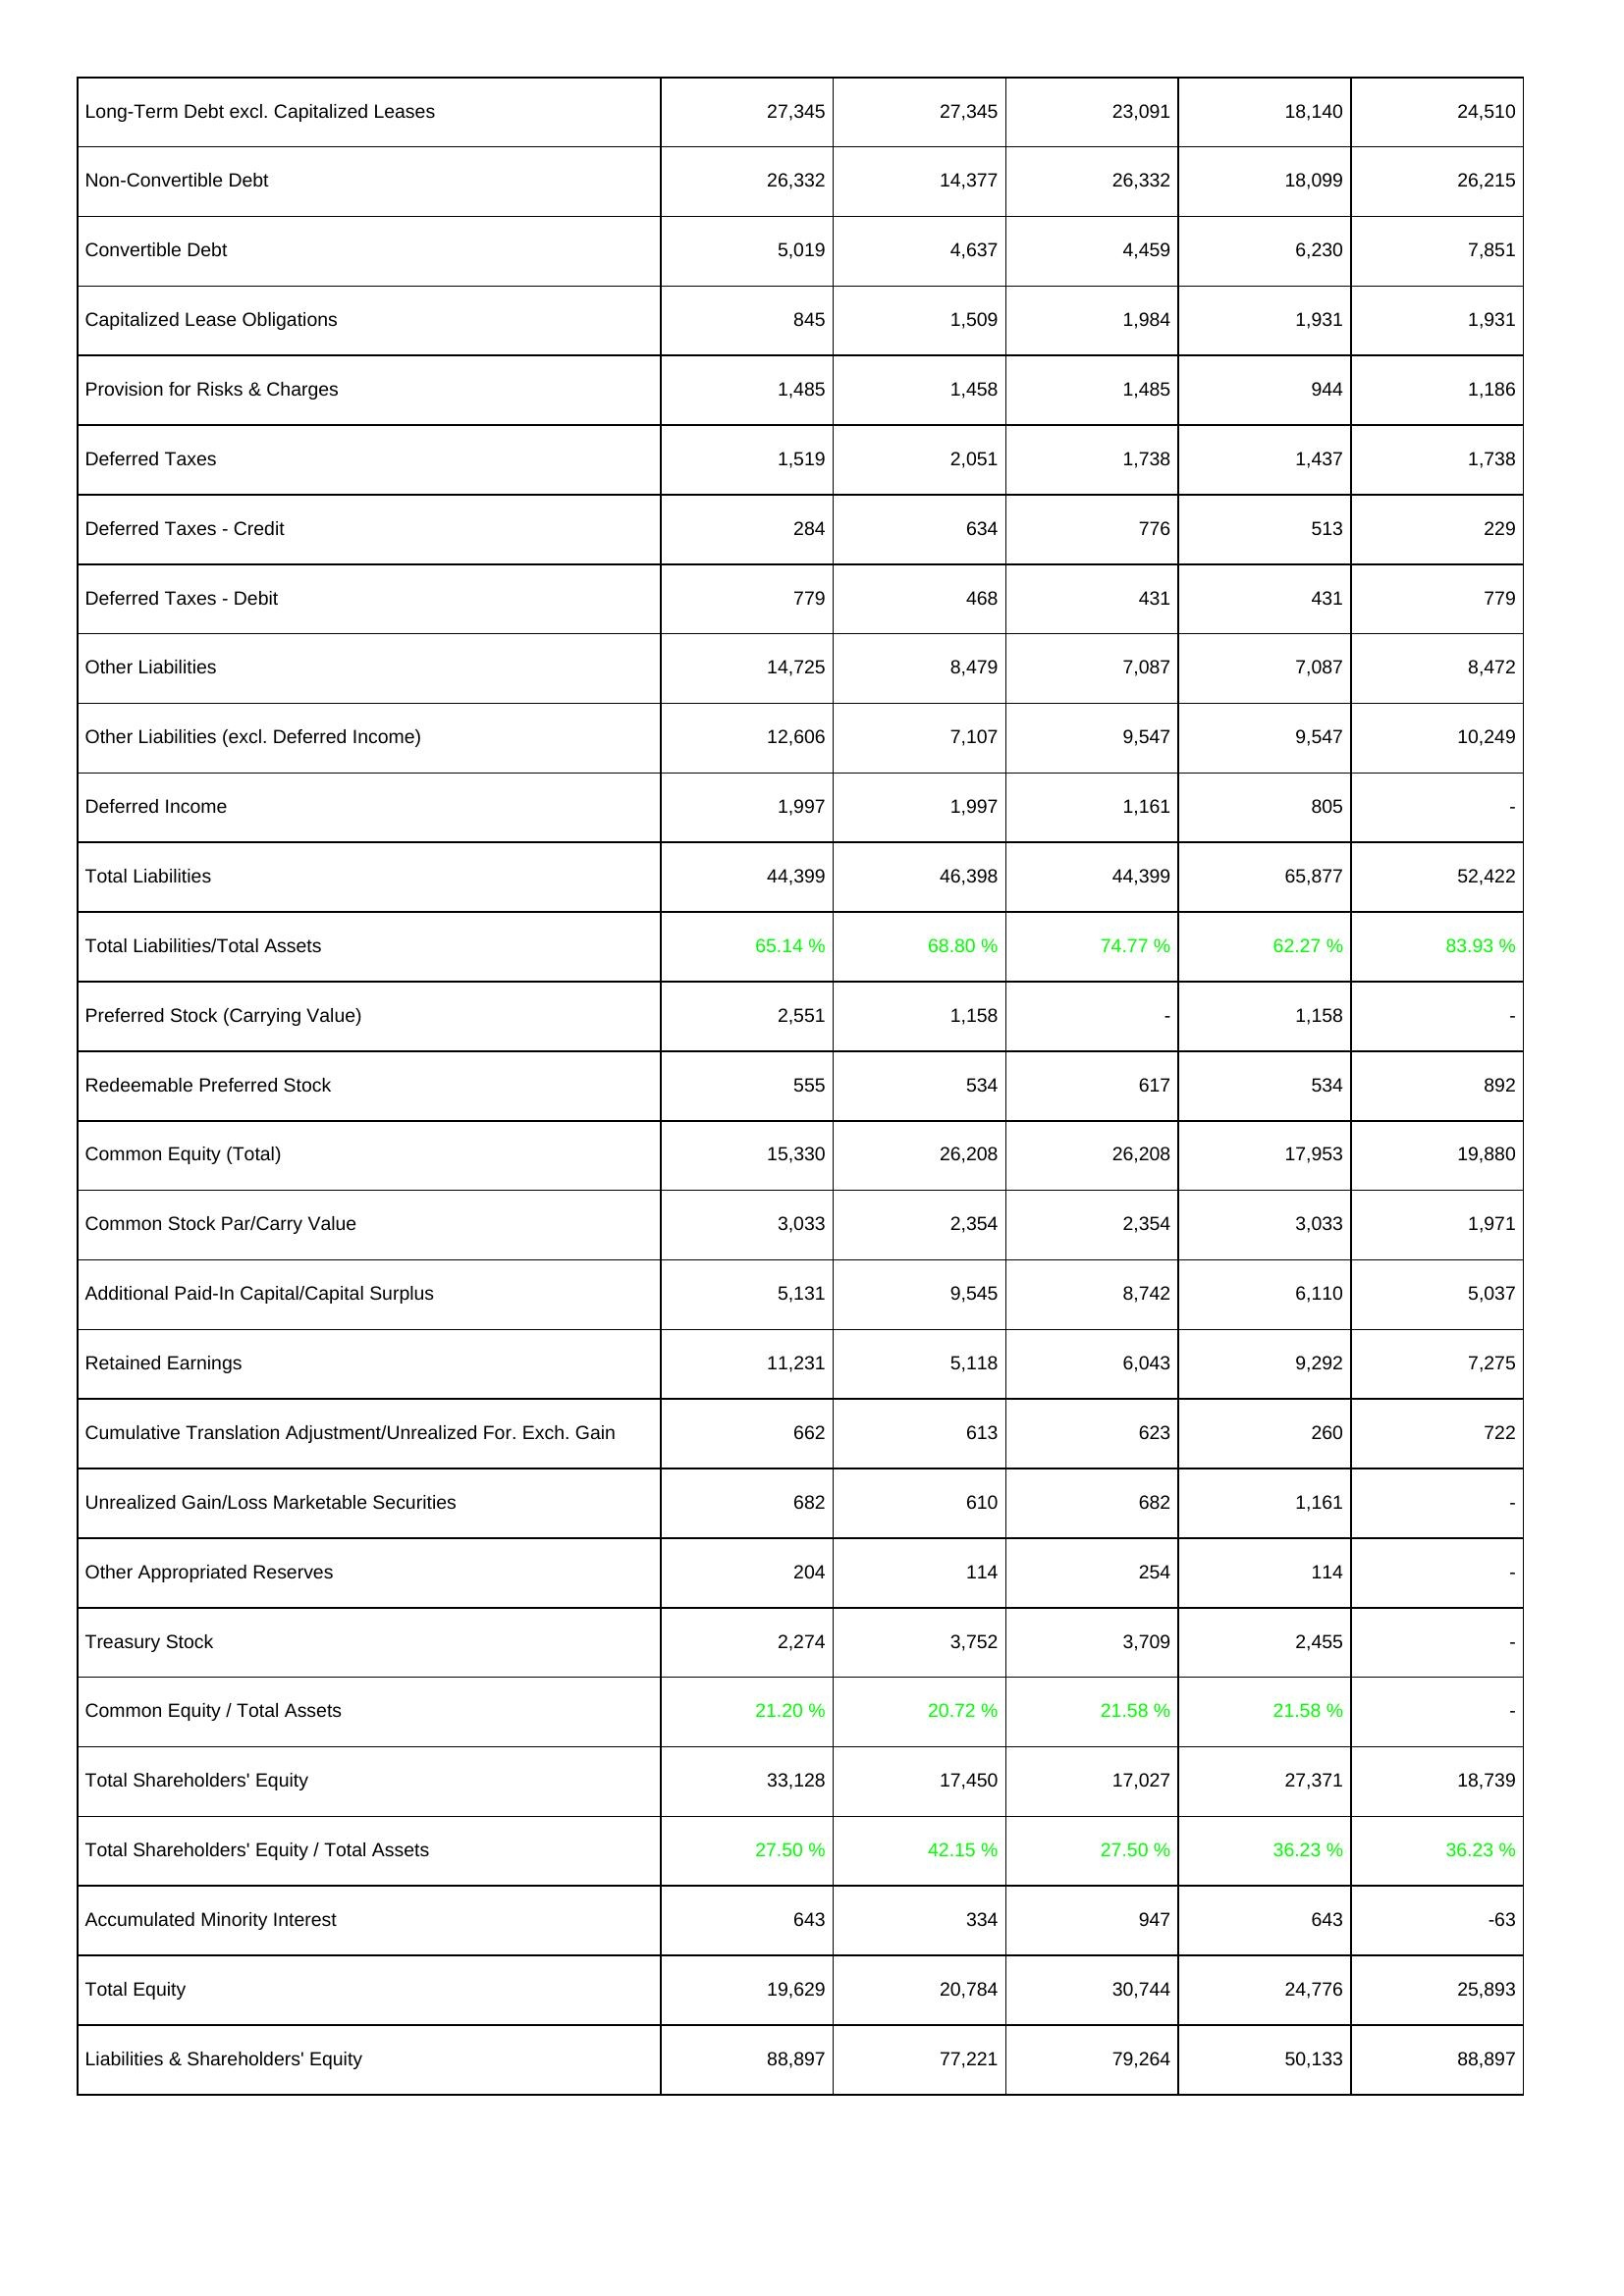
2018: Liabilities & Shareholders' Equity: Long-Term Debt excl. Capitalized Leases: 27,345
Non-Convertible Debt: 26,332
Convertible Debt: 5,019
Capitalized Lease Obligations: 845
Provision for Risks & Charges: 1,485
Deferred Taxes: 1,519
Deferred Taxes - Credit: 284
Deferred Taxes - Debit: 779
Other Liabilities: 14,725
Other Liabilities (excl. Deferred Income): 12,606
Deferred Income: 1,997
Total Liabilities: 44,399
Total Liabilities/Total Assets: 65.14 %
Preferred Stock (Carrying Value): 2,551
Redeemable Preferred Stock: 555
Common Equity (Total): 15,330
Common Stock Par/Carry Value: 3,033
Additional Paid-In Capital/Capital Surplus: 5,131
Retained Earnings: 11,231
Cumulative Translation Adjustment/Unrealized For. Exch. Gain: 662
Unrealized Gain/Loss Marketable Securities: 682
Other Appropriated Reserves: 204
Treasury Stock: 2,274
Common Equity / Total Assets: 21.20 %
Total Shareholders' Equity: 33,128
Total Shareholders' Equity / Total Assets: 27.50 %
Accumulated Minority Interest: 643
Total Equity: 19,629
Liabilities & Shareholders' Equity: 88,897
2017: Liabilities & Shareholders' Equity: Long-Term Debt excl. Capitalized Leases: 27,345
Non-Convertible Debt: 14,377
Convertible Debt: 4,637
Capitalized Lease Obligations: 1,509
Provision for Risks & Charges: 1,458
Deferred Taxes: 2,051
Deferred Taxes - Credit: 634
Deferred Taxes - Debit: 468
Other Liabilities: 8,479
Other Liabilities (excl. Deferred Income): 7,107
Deferred Income: 1,997
Total Liabilities: 46,398
Total Liabilities/Total Assets: 68.80 %
Preferred Stock (Carrying Value): 1,158
Redeemable Preferred Stock: 534
Common Equity (Total): 26,208
Common Stock Par/Carry Value: 2,354
Additional Paid-In Capital/Capital Surplus: 9,545
Retained Earnings: 5,118
Cumulative Translation Adjustment/Unrealized For. Exch. Gain: 613
Unrealized Gain/Loss Marketable Securities: 610
Other Appropriated Reserves: 114
Treasury Stock: 3,752
Common Equity / Total Assets: 20.72 %
Total Shareholders' Equity: 17,450
Total Shareholders' Equity / Total Assets: 42.15 %
Accumulated Minority Interest: 334
Total Equity: 20,784
Liabilities & Shareholders' Equity: 77,221
2016: Liabilities & Shareholders' Equity: Long-Term Debt excl. Capitalized Leases: 23,091
Non-Convertible Debt: 26,332
Convertible Debt: 4,459
Capitalized Lease Obligations: 1,984
Provision for Risks & Charges: 1,485
Deferred Taxes: 1,738
Deferred Taxes - Credit: 776
Deferred Taxes - Debit: 431
Other Liabilities: 7,087
Other Liabilities (excl. Deferred Income): 9,547
Deferred Income: 1,161
Total Liabilities: 44,399
Total Liabilities/Total Assets: 74.77 %
Preferred Stock (Carrying Value): -
Redeemable Preferred Stock: 617
Common Equity (Total): 26,208
Common Stock Par/Carry Value: 2,354
Additional Paid-In Capital/Capital Surplus: 8,742
Retained Earnings: 6,043
Cumulative Translation Adjustment/Unrealized For. Exch. Gain: 623
Unrealized Gain/Loss Marketable Securities: 682
Other Appropriated Reserves: 254
Treasury Stock: 3,709
Common Equity / Total Assets: 21.58 %
Total Shareholders' Equity: 17,027
Total Shareholders' Equity / Total Assets: 27.50 %
Accumulated Minority Interest: 947
Total Equity: 30,744
Liabilities & Shareholders' Equity: 79,264
2015: Liabilities & Shareholders' Equity: Long-Term Debt excl. Capitalized Leases: 18,140
Non-Convertible Debt: 18,099
Convertible Debt: 6,230
Capitalized Lease Obligations: 1,931
Provision for Risks & Charges: 944
Deferred Taxes: 1,437
Deferred Taxes - Credit: 513
Deferred Taxes - Debit: 431
Other Liabilities: 7,087
Other Liabilities (excl. Deferred Income): 9,547
Deferred Income: 805
Total Liabilities: 65,877
Total Liabilities/Total Assets: 62.27 %
Preferred Stock (Carrying Value): 1,158
Redeemable Preferred Stock: 534
Common Equity (Total): 17,953
Common Stock Par/Carry Value: 3,033
Additional Paid-In Capital/Capital Surplus: 6,110
Retained Earnings: 9,292
Cumulative Translation Adjustment/Unrealized For. Exch. Gain: 260
Unrealized Gain/Loss Marketable Securities: 1,161
Other Appropriated Reserves: 114
Treasury Stock: 2,455
Common Equity / Total Assets: 21.58 %
Total Shareholders' Equity: 27,371
Total Shareholders' Equity / Total Assets: 36.23 %
Accumulated Minority Interest: 643
Total Equity: 24,776
Liabilities & Shareholders' Equity: 50,133
2014: Liabilities & Shareholders' Equity: Long-Term Debt excl. Capitalized Leases: 24,510
Non-Convertible Debt: 26,215
Convertible Debt: 7,851
Capitalized Lease Obligations: 1,931
Provision for Risks & Charges: 1,186
Deferred Taxes: 1,738
Deferred Taxes - Credit: 229
Deferred Taxes - Debit: 779
Other Liabilities: 8,472
Other Liabilities (excl. Deferred Income): 10,249
Deferred Income: -
Total Liabilities: 52,422
Total Liabilities/Total Assets: 83.93 %
Preferred Stock (Carrying Value): -
Redeemable Preferred Stock: 892
Common Equity (Total): 19,880
Common Stock Par/Carry Value: 1,971
Additional Paid-In Capital/Capital Surplus: 5,037
Retained Earnings: 7,275
Cumulative Translation Adjustment/Unrealized For. Exch. Gain: 722
Unrealized Gain/Loss Marketable Securities: -
Other Appropriated Reserves: -
Treasury Stock: -
Common Equity / Total Assets: -
Total Shareholders' Equity: 18,739
Total Shareholders' Equity / Total Assets: 36.23 %
Accumulated Minority Interest: -63
Total Equity: 25,893
Liabilities & Shareholders' Equity: 88,897